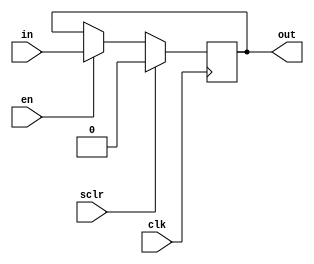
module DFF(clk,en,sclr,in,out);
	input clk,en,sclr,in;
	output reg out=1'b0;
	always@(posedge clk)
		if(sclr)
			out<=1'b0;
		else if(en)
			out<=in;




endmodule